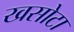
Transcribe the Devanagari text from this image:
खसोटा